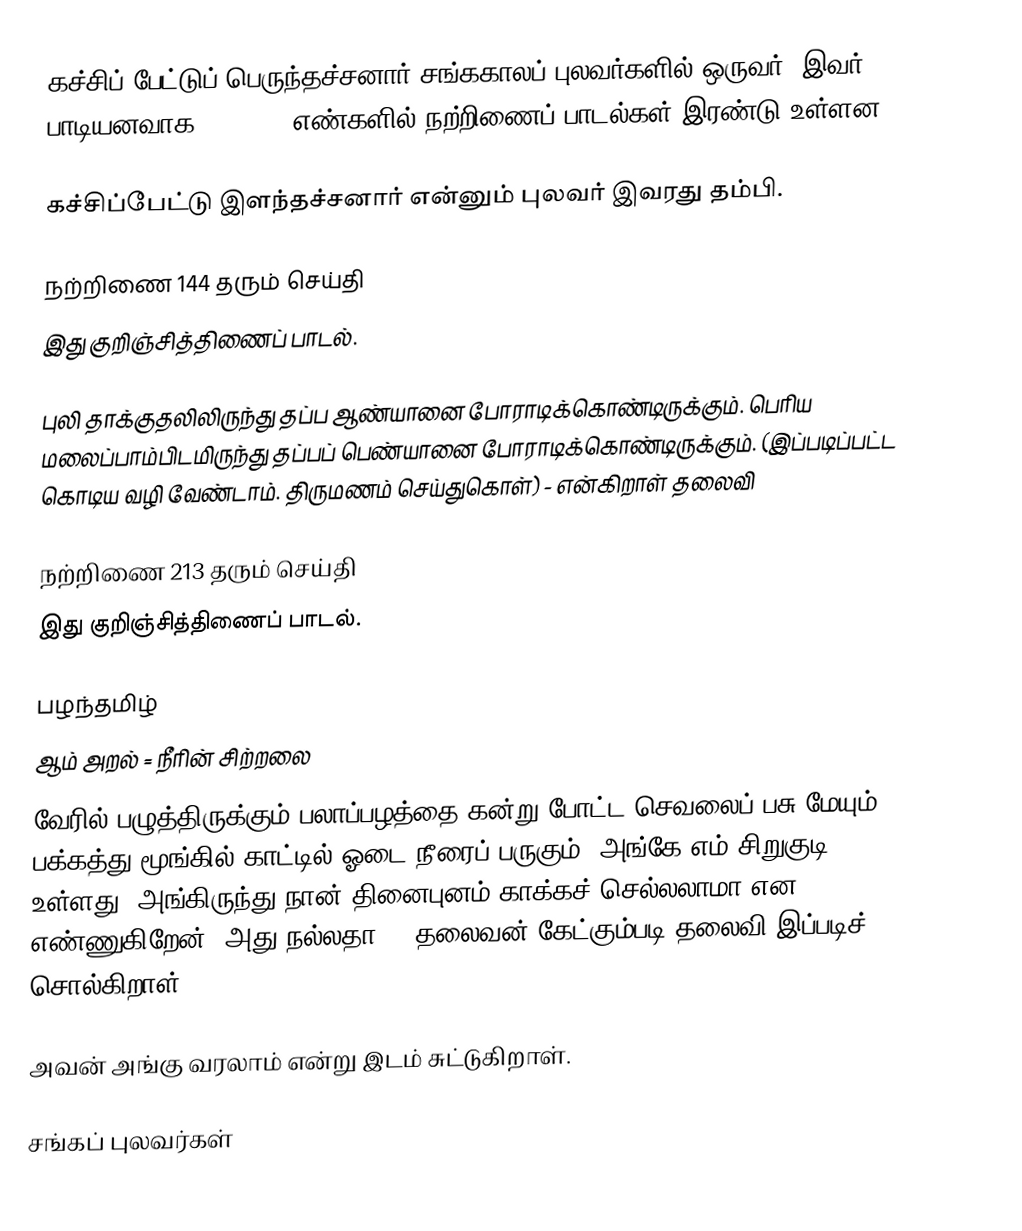
கச்சிப் பேட்டுப் பெருந்தச்சனார் சங்ககாலப் புலவர்களில் ஒருவர். இவர் பாடியனவாக 144, 213 எண்களில் நற்றிணைப் பாடல்கள் இரண்டு உள்ளன.

கச்சிப்பேட்டு இளந்தச்சனார் என்னும் புலவர் இவரது தம்பி.

நற்றிணை 144 தரும் செய்தி
இது குறிஞ்சித்திணைப் பாடல்.

புலி தாக்குதலிலிருந்து தப்ப ஆண்யானை போராடிக்கொண்டிருக்கும். பெரிய மலைப்பாம்பிடமிருந்து தப்பப் பெண்யானை போராடிக்கொண்டிருக்கும். (இப்படிப்பட்ட கொடிய வழி வேண்டாம். திருமணம் செய்துகொள்) - என்கிறாள் தலைவி

நற்றிணை 213 தரும் செய்தி
இது குறிஞ்சித்திணைப் பாடல்.

பழந்தமிழ்
 ஆம் அறல் = நீரின் சிற்றலை
வேரில் பழுத்திருக்கும் பலாப்பழத்தை கன்று போட்ட செவலைப் பசு மேயும். பக்கத்து மூங்கில் காட்டில் ஓடை நீரைப் பருகும். அங்கே எம் சிறுகுடி உள்ளது. அங்கிருந்து நான் தினைபுனம் காக்கச் செல்லலாமா என எண்ணுகிறேன். அது நல்லதா? - தலைவன் கேட்கும்படி தலைவி இப்படிச் சொல்கிறாள்.

அவன் அங்கு வரலாம் என்று இடம் சுட்டுகிறாள்.

சங்கப் புலவர்கள்